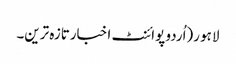
لاہو ر(اُردو پوائنٹ اخبارتازہ ترین۔